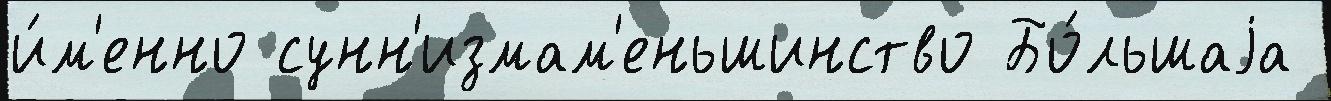
и́м'енно сунн'измам'еньшинство Бо́льшаjа